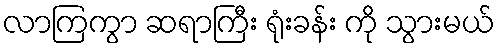
လာကြကွာ ဆရာကြီး ရုံးခန်း ကို သွားမယ်